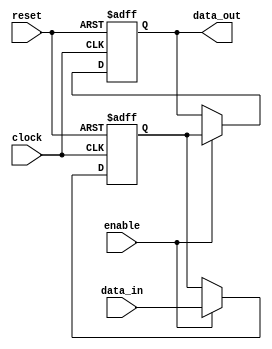
module sequential_logic (
    input wire clock,
    input wire reset,
    input wire enable,
    input wire [3:0] data_in,
    output reg [3:0] data_out
);

    // State variable
    reg [3:0] state;

    // Always block triggered on clock edges
    always @(posedge clock or negedge reset) begin
        if (!reset) begin
            // Asynchronous reset
            state <= 4'b0000; // Initialize state to 0
            data_out <= 4'b0000; // Initialize output to 0
        end else if (enable) begin
            // Update state and output based on input
            state <= data_in; // Load new data into state
            data_out <= state; // Output the current state
        end
    end

endmodule